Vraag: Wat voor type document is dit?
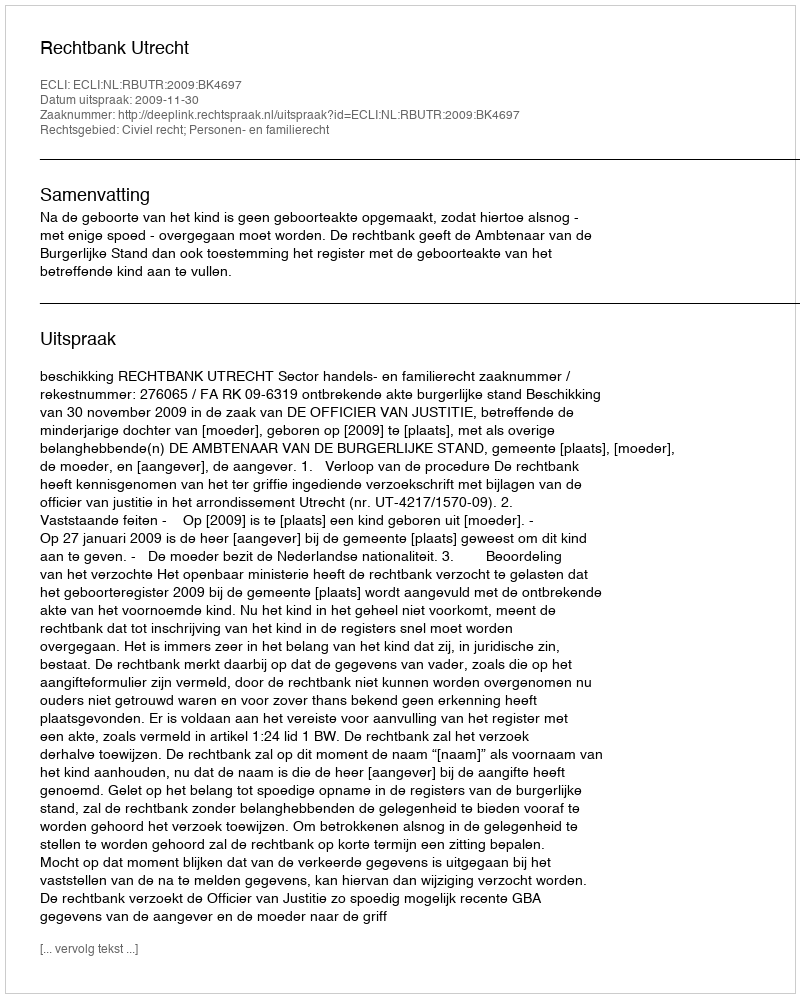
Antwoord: Uitspraak